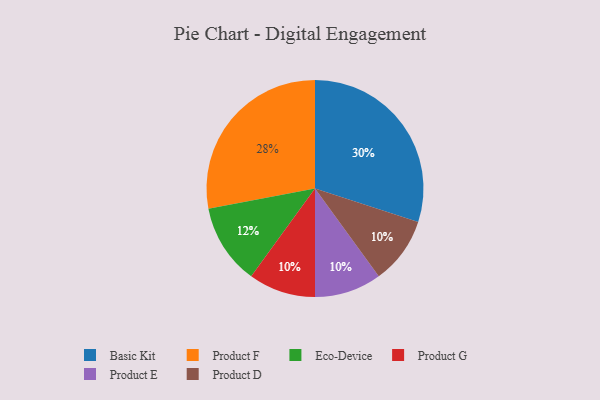
{"axis": {"x": "Category", "y": "Percentage"}, "legend": ["Basic Kit", "Eco-Device", "Product D", "Product E", "Product F", "Product G"], "data": [{"x": "Product G", "y": 10, "type": "Product G"}, {"x": "Product E", "y": 10, "type": "Product E"}, {"x": "Product F", "y": 28, "type": "Product F"}, {"x": "Eco-Device", "y": 12, "type": "Eco-Device"}, {"x": "Product D", "y": 10, "type": "Product D"}, {"x": "Basic Kit", "y": 30, "type": "Basic Kit"}]}